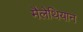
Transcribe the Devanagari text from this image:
मैलेथियान